Statistical return of the lunatic asylum in Assam - 1912-1932
Year: 1912
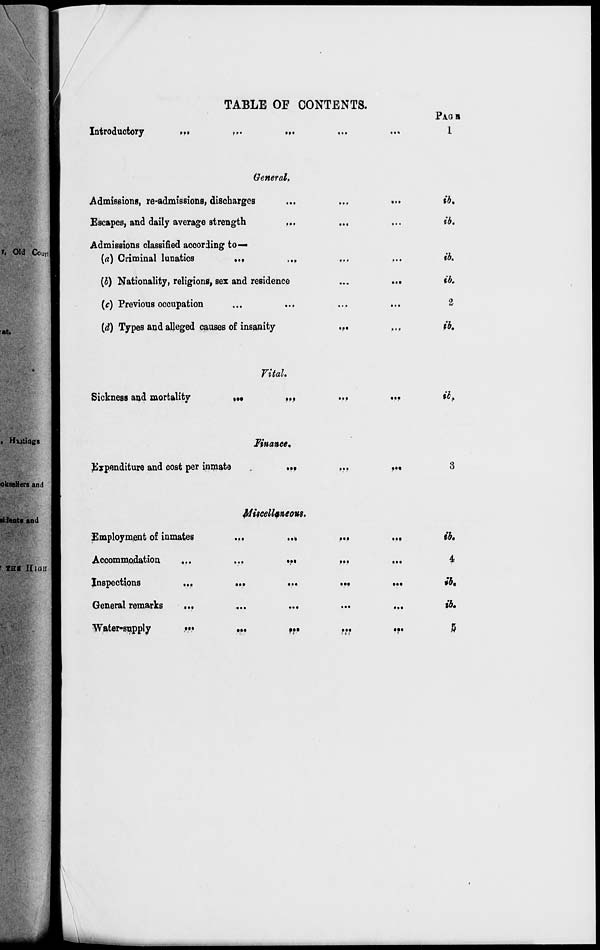
TABLE OF CONTENTS.
Introductory
ft*
f
PACHI
1
General.
Admissions, re-admissions, discharges
Escapes, and daily average strength
Admissions classified according to—
{a) Criminal lunatics
...
...
PM
...
(b) Nationality, religions, sex and residence
(c) Previous occupation
(d) Types and alleged causes of insanity
.. •
• ••
.*•
•?•
• •»
ib.
ib.
ib.
ib.
2
ib.
Vital.
Sickness and mortalitv
»••
•M
•tt
•••
ih
okseHers and
' THH IIIGJI
Finance.
Expenditure and cost per inmate
•»f
Employment of inmates
Accommodation
Inspections
...
General remarks
...
Water-supply
•».•
Miscellaneous},
...
•••
...
W
•••
>M
••»
»••
•••
ib.
ib.